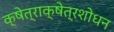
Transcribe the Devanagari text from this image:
क्षेत्राक्षेत्रशोधन